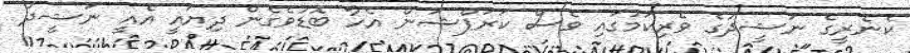
ކެނެރީގެ ނަޝީދުގެ ވެރިކަމުގައި ވެސް ކަރަޕްޝަން އެހާ ބޮޑުވެގެން ދިޔައީ އެއީ ނަޝީދު